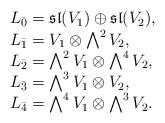
LaTeX: \begin{align*}\begin{array}{l}L_{\bar 0}= \mathfrak{sl}(V_1)\oplus \mathfrak{sl}(V_2), \\L_{\bar 1}= V_1 \otimes \bigwedge^2V_2 , \\L_{\bar 2}= \bigwedge^2V_1 \otimes \bigwedge^4V_2, \\L_{\bar 3}= \bigwedge^3V_1 \otimes V_2 ,\\L_{\bar 4}= \bigwedge^4V_1 \otimes \bigwedge^3V_2.\end{array}\end{align*}